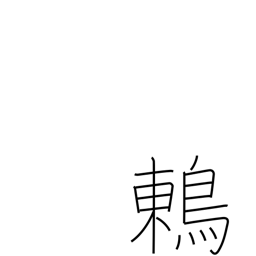
Meaning: thrush